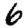
Digit: 6